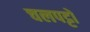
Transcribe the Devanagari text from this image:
चलपट्टों